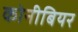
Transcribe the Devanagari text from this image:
कोनीबियर